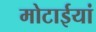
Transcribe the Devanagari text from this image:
मोटाईयां